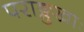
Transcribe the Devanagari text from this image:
पराङ्मुखाः